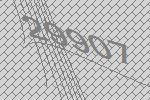
29907